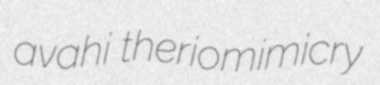
avahi theriomimicry